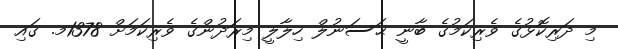
މި ދަރިކޮޅުގެ ވެރިކަމުގެ ބާނީ ޙަސަނުލް ހިލާލީ މިރަދުންގެ ވެރިކަމަށް 1378މ. ގައި